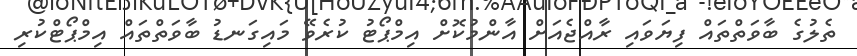
ތެލުގެ ބާވަތްތައް ފިޔަވައި ރާއްޖެއަށް އާންމުކޮށް އިމްޕޯޓު ކުރެވޭ މައިގަނޑު ބާވަތްތައް އިމްޕޯޓްކުރި